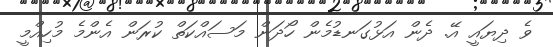
ވެ ދިޔައީ އޭ. ދެން އަޅުގަނޑުމެން ހޯދަން މަސައްކަތް ކުރަން އެންމެ މުހިއްމީ